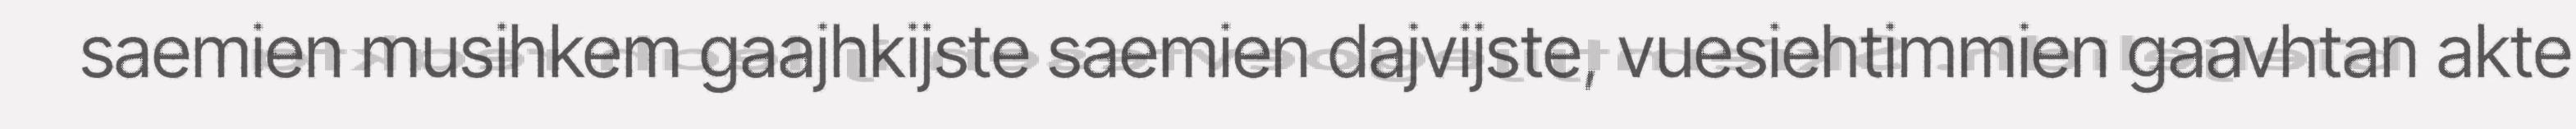
saemien musihkem gaajhkijste saemien dajvijste, vuesiehtimmien gaavhtan akte